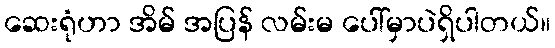
ဆေးရုံဟာ အိမ် အပြန် လမ်းမ ပေါ်မှာပဲရှိပါတယ်။